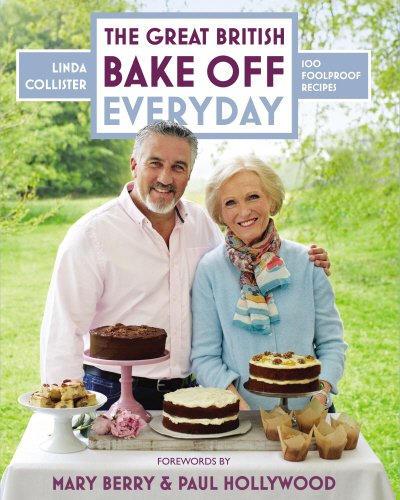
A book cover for The Great British Bake Off: Everyday; Linda Collister; Cookbooks, Food & Wine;